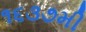
૧૬૩૭મી